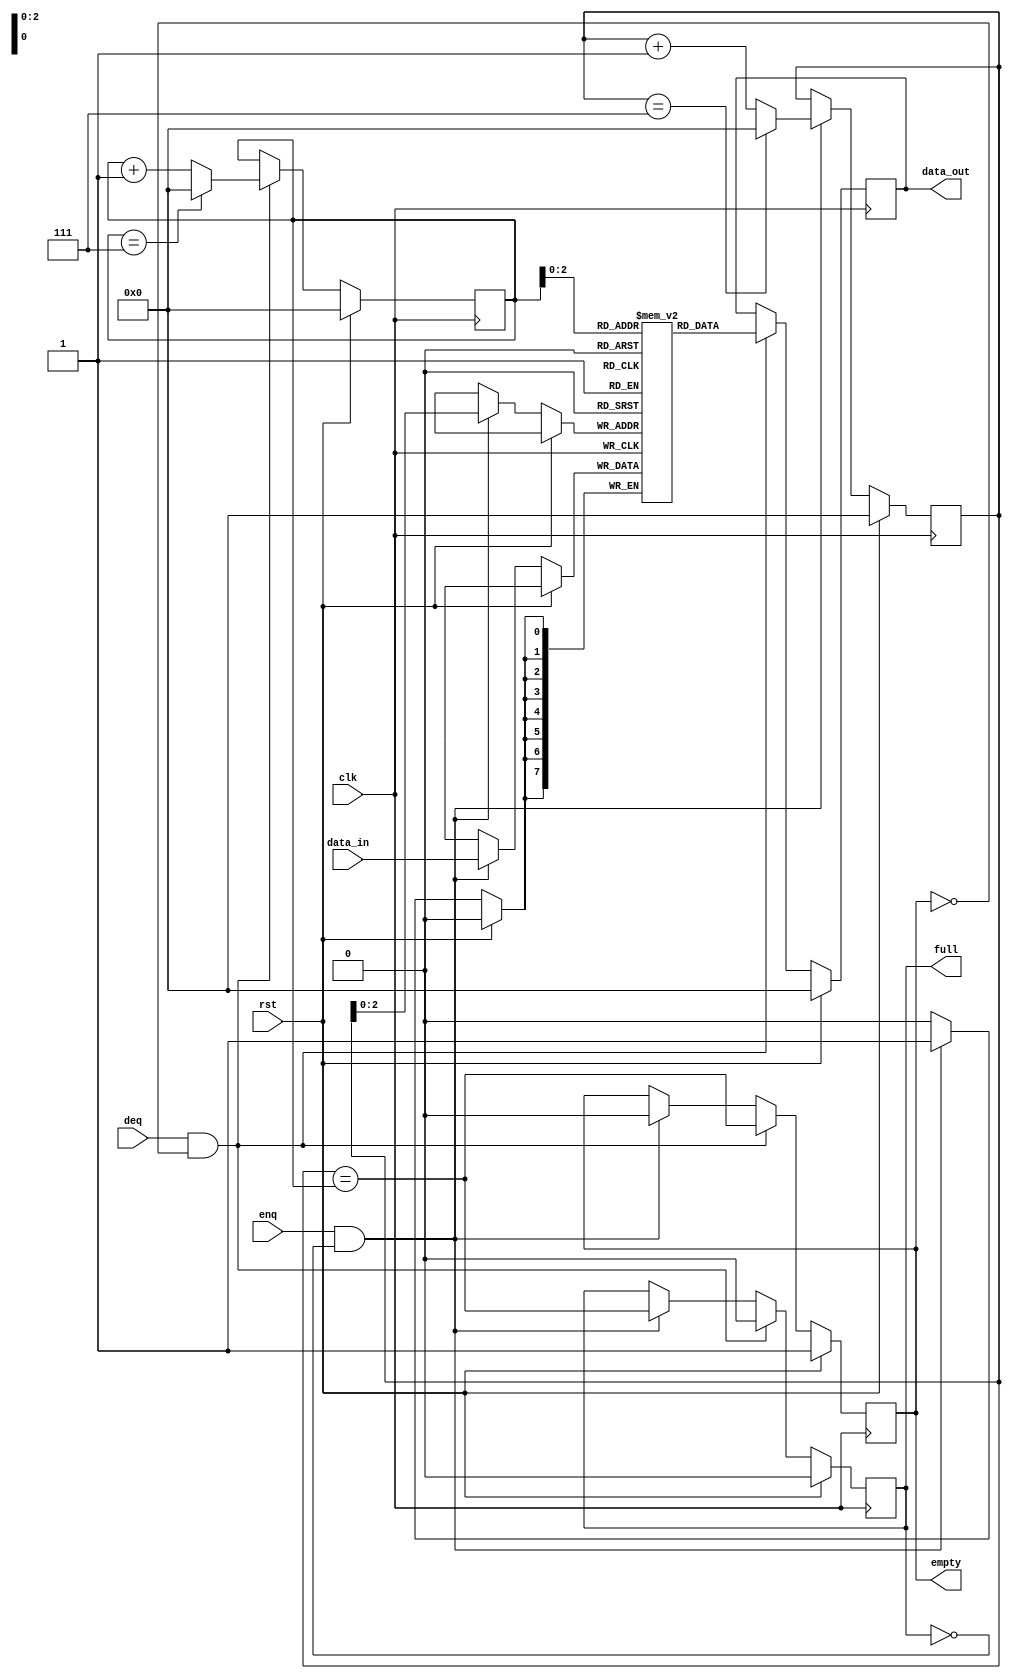
module CircularFIFO (
    input wire clk,
    input wire rst,
    input wire enq,
    input wire deq,
    input wire [DATA_WIDTH-1:0] data_in,
    output reg [DATA_WIDTH-1:0] data_out,
    output reg full,
    output reg empty
);

parameter BUFFER_SIZE = 8;
parameter DATA_WIDTH = 8;

reg [DATA_WIDTH-1:0] buffer [0:BUFFER_SIZE-1];
reg [DATA_WIDTH-1:0] write_pointer = 0;
reg [DATA_WIDTH-1:0] read_pointer = 0;

always @(posedge clk) begin
    if (rst) begin
        data_out <= 0;
        full <= 0;
        empty <= 1;
        write_pointer <= 0;
        read_pointer <= 0;
    end else begin
        if (enq && !full) begin
            buffer[write_pointer] <= data_in;
            write_pointer <= (write_pointer == BUFFER_SIZE-1) ? 0 : write_pointer + 1;
            empty <= 0;
            full <= (write_pointer == read_pointer);
        end
        
        if (deq && !empty) begin
            data_out <= buffer[read_pointer];
            read_pointer <= (read_pointer == BUFFER_SIZE-1) ? 0 : read_pointer + 1;
            full <= 0;
            empty <= (write_pointer == read_pointer);
        end
    end
end

endmodule